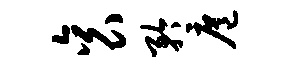
衮矜扈